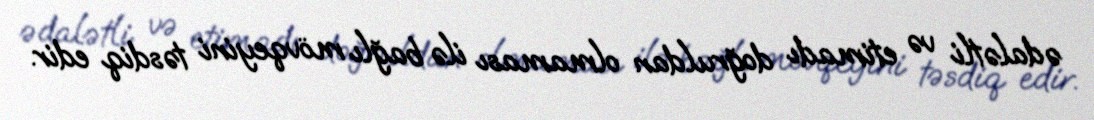
ədalətli və etimadı doğruldan olmaması ilə bağlı mövqeyini təsdiq edir.